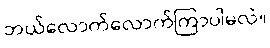
ဘယ်လောက်လောက်ကြာပါမလဲ။